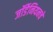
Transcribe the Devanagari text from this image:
जॉर्डेनियनचे